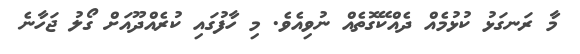
މާ ރަނގަޅު ކުޅުމެއް ދެއްކޭގޮތެއް ނުވިއެވެ. މި ހާފުގައި ކުރެއްދޫއަށް ގޯލު ޖަހާނެ